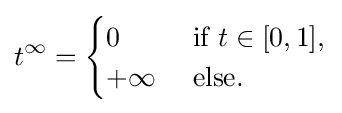
t^{\infty }={\begin{cases}0&{\text{ if }}t\in [0,1],\\+\infty &{\text{ else.}}\end{cases}}